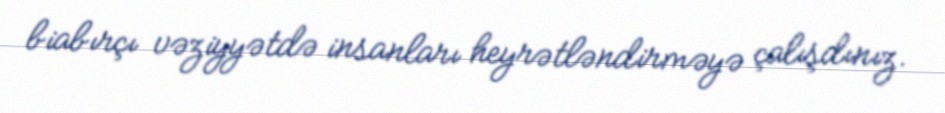
biabırçı vəziyyətdə insanları heyrətləndirməyə çalışdınız.